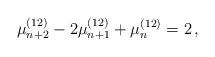
LaTeX: \begin{align*}\mu_{n+2}^{(12)} - 2 \mu_{n+1}^{(12)} + \mu_n^{(12)} = 2 \,,\end{align*}